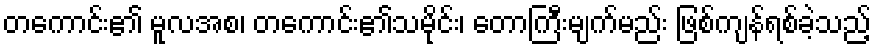
တကောင်း၏ မူလအစ၊ တကောင်း၏သမိုင်း၊ တောကြီးမျက်မည်း ဖြစ်ကျန်ရစ်ခဲ့သည့်